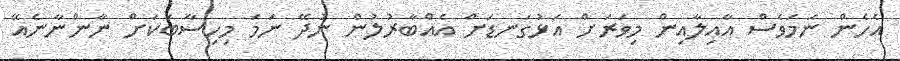
އެހެން ނަމަވެސް އާއިލާއިން މިވަރަށް އަޅުގަނޑަށް އެއްބާރުލުން ނުދޭ ނަމަ މިހިސާބަކަށް ނާންނާނެއޭ